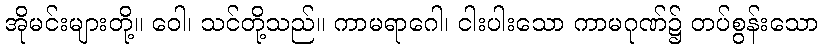
အိုမင်းများတို့။ ဝေါ၊ သင်တို့သည်။ ကာမရာဂေါ၊ ငါးပါးသော ကာမဂုဏ်၌ တပ်စွန်းသော